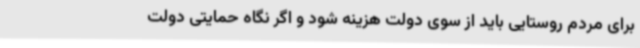
برای مردم روستایی باید از سوی دولت هزینه شود و اگر نگاه حمایتی دولت